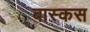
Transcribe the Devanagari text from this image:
बास्कस